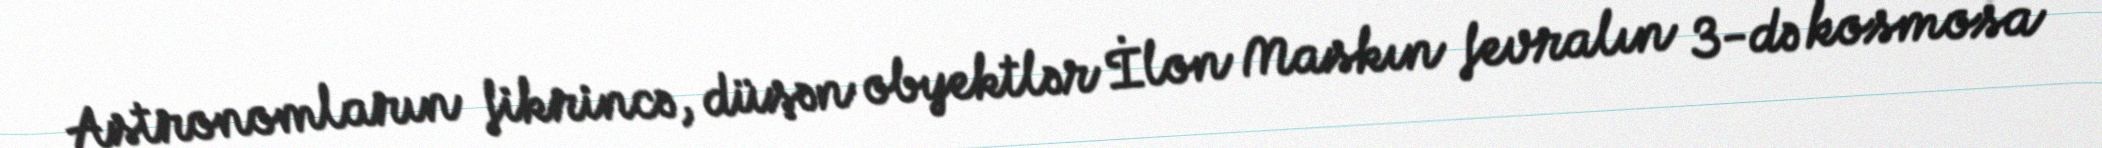
Astronomların fikrincə, düşən obyektlər İlon Maskın fevralın 3-də kosmosa